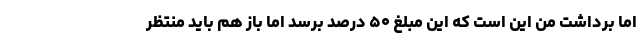
اما برداشت من این است که این مبلغ ۵۰ درصد برسد اما باز هم باید منتظر